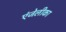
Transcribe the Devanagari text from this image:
एंजेलीका